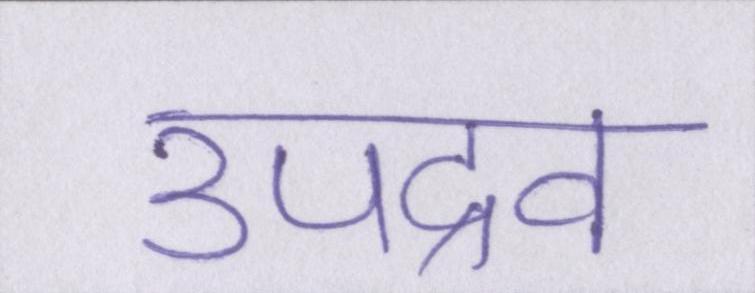
उपद्रव